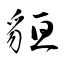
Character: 貆